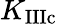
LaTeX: K_{\mathrm{{IIIc}}}